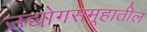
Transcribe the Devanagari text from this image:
उद्योगसमूहातील